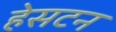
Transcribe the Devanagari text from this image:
हेसटन